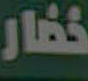
خضار